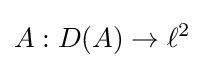
A:D(A)\to \ell ^{2}